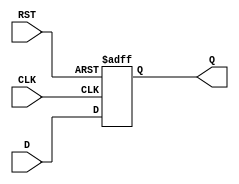
module DataRegister #(
    parameter WIDTH = 8  // Parameter for defining the width of the register
)(
    input  wire [WIDTH-1:0] D,  // Multi-bit data input
    input  wire CLK,              // Clock input
    input  wire RST,              // Asynchronous reset input
    output reg  [WIDTH-1:0] Q     // Multi-bit data output
);

    // Asynchronous reset logic
    always @ (posedge CLK or posedge RST) begin
        if (RST) begin
            Q <= {WIDTH{1'b0}}; // Clear register, set all bits to 0
        end else begin
            Q <= D;  // Capture input data on the rising edge of the clock
        end
    end

endmodule